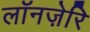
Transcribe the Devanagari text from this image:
लॉनज़ेरि